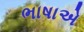
ભાષાએ